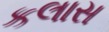
કલાસ